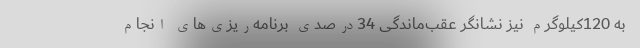
به 120کیلوگرم نیز نشانگر عقب‌ماندگی 34درصدی برنامه‌ریزی‌های انجام